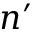
n ^ { \prime }